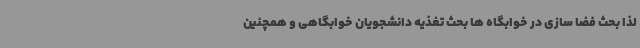
لذا بحث فضا سازی در خوابگاه ها بحث تغذیه دانشجویان خوابگاهی و همچنین